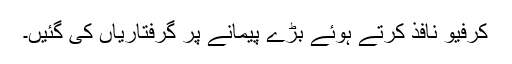
کرفیو نافذ کرتے ہوئے بڑے پیمانے پر گرفتاریاں کی گئیں۔